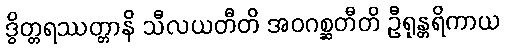
ဒွိတ္တရဿတ္တာနိ သီလယတီတိ အဝဂစ္ဆတီတိ ဦရုန္တရိကာယ